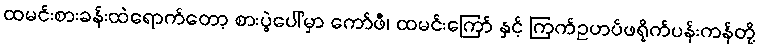
ထမင်းစားခန်းထဲရောက်တော့ စားပွဲပေါ်မှာ ကော်ဖီ၊ ထမင်းကြော် နှင့် ကြက်ဥဟပ်ဖရိုက်ပန်းကန်တို့